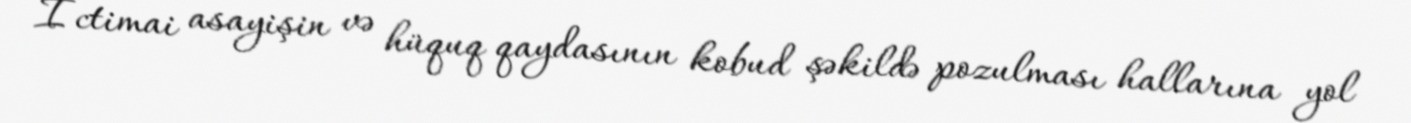
İctimai asayişin və hüquq qaydasının kobud şəkildə pozulması hallarına yol